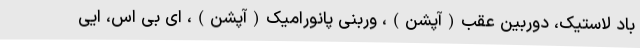
باد لاستیک، دوربین عقب(آپشن)، وربنی پانورامیک(آپشن)، ای بی اس، ایی